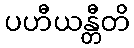
ပဟီယန္တီတိ